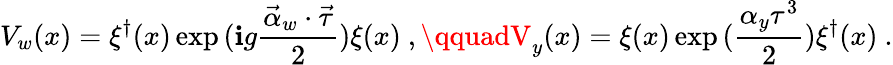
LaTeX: V_{w}(x)=\xi^{\dagger}(x)\exp{(\mathbf{i}g\frac{{{\vec{{\alpha}}_{w}}\cdot{\vec{{\tau}}}}}{{2}})}\xi(x)\ ,\qquadV_{y}(x)=\xi(x)\exp{(\frac{{\alpha_{y}\tau^{3}}}{{2}})}\xi^{\dagger}(x)\ .